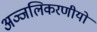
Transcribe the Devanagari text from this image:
अञ्जलिकरणीयो